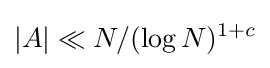
|A|\ll N/(\log {N})^{1+c}